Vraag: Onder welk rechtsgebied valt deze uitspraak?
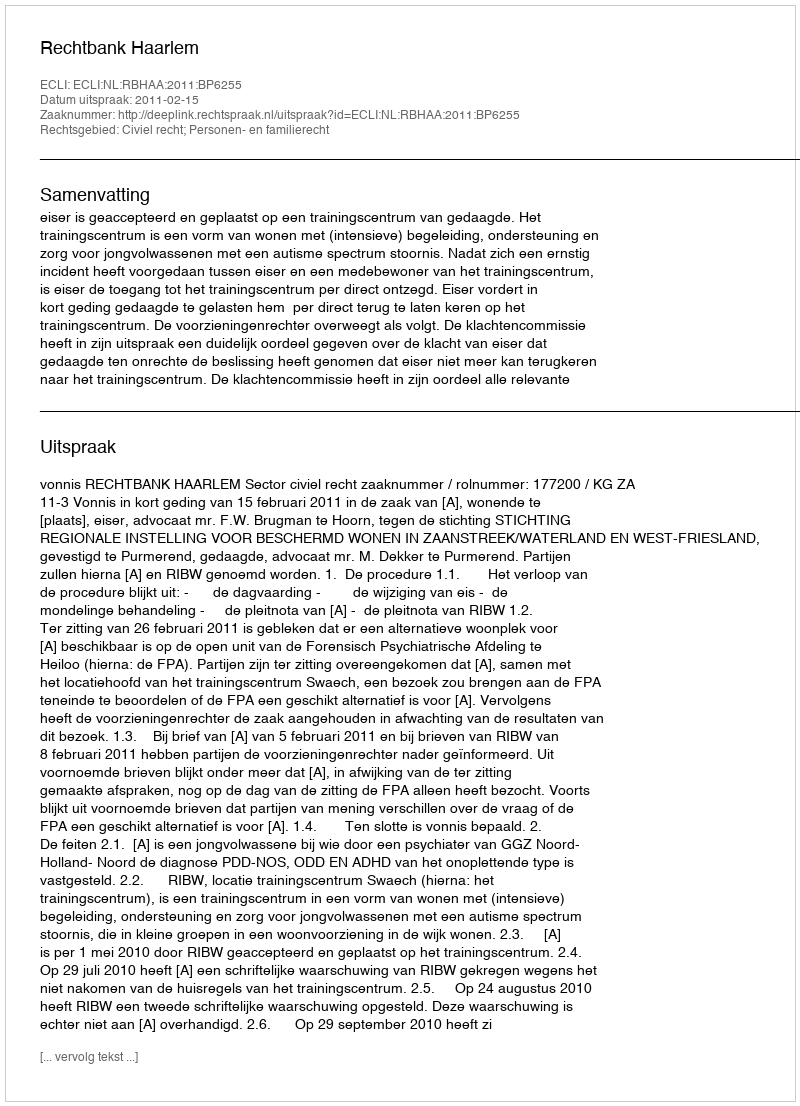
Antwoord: Civiel recht; Personen- en familierecht